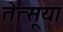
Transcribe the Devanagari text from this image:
तेत्सूया